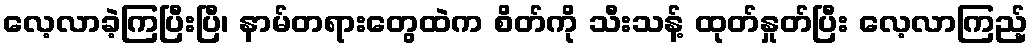
လေ့လာခဲ့ကြပြီးပြီ၊ နာမ်တရားတွေထဲက စိတ်ကို သီးသန့် ထုတ်နှုတ်ပြီး လေ့လာကြည့်